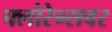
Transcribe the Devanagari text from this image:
फ्लोरेन्सवर